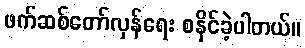
ဖက်ဆစ်တော်လှန်ရေး စနိုင်ခဲ့ပါတယ်။